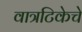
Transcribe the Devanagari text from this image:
वात्रटिकेचे